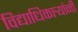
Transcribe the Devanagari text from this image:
विद्याधिकार्‍यांनी